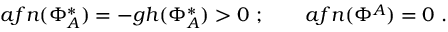
a f n ( \Phi _ { A } ^ { * } ) = - g h ( \Phi _ { A } ^ { * } ) > 0 \ ; \qquad a f n ( \Phi ^ { A } ) = 0 \ .